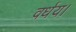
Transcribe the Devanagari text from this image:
वर्धय।